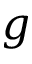
g